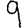
Digit: 9